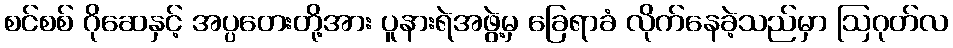
စင်စစ် ဂိုဆေနှင့် အပ္ပတေးတို့အား ပူနားရဲအဖွဲ့မှ ခြေရာခံ လိုက်နေခဲ့သည်မှာ ဩဂုတ်လ